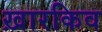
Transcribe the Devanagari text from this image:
ख़ारकिव